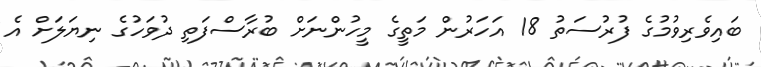
ބައިވެރިވުމުގެ ފުރުސަތު 18 އަހަރުން މަތީގެ މީހުންނަށް ބުރާސްފަތި ދުވަހުގެ ނިޔަލަށް އެ